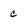
Character: c